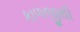
કાળજીથી